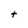
Character: t